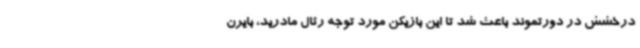
درخشش در دورتموند باعث شد تا این بازیکن مورد توجه رئال مادرید، بایرن